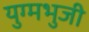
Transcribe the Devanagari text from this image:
युग्मभुजी